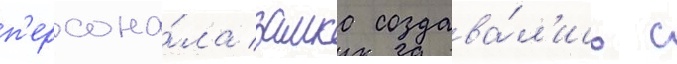
п'ерсона́ла замка создава́л'ись с